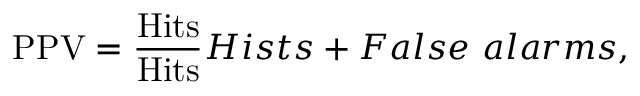
\mathrm { P P V } = \frac { \mathrm { H i t s } } { \mathrm { H i t s } } { H i s t s + F a l s e \ a l a r m s } ,